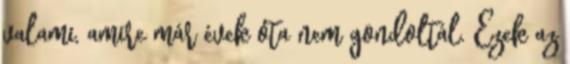
valami, amire már évek óta nem gondoltál. Ezek az